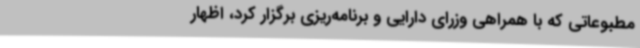
مطبوعاتی که با همراهی وزرای دارایی و برنامه‌ریزی برگزار کرد، اظهار